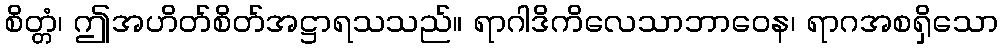
စိတ္တံ၊ ဤအဟိတ်စိတ်အဋ္ဌာရသသည်။ ရာဂါဒိကိလေသာဘာဝေန၊ ရာဂအစရှိသော